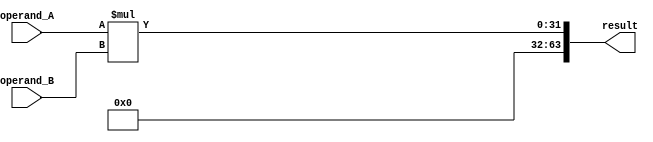
module Unsigned_Multiplier (
    input wire [31:0] operand_A,
    input wire [31:0] operand_B,
    output reg [63:0] result
);

reg [31:0] product;
reg [31:0] multiplier;
reg [31:0] multiplicand;
reg carry;
reg overflow;

assign multiplicand = operand_A;
assign multiplier = operand_B;

always @* begin
    product = multiplicand * multiplier;
    if(product[31:0] != multiplicand || product[63:32] != 0) begin
        overflow = 1;
    end else begin
        overflow = 0;
    end
end

always @* begin
    result = product;
end

endmodule